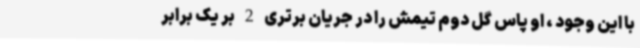
با این وجود ، او پاس گل دوم تیمش را در جریان برتری 2 بر یک برابر